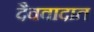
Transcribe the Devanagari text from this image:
दैववादात